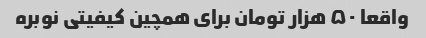
واقعا ۵۰ هزار تومان برای همچین کیفیتی نوبره